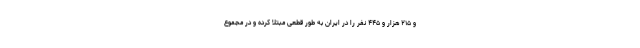
و ۲۱۵ هزار و ۴۴۵ نفر را در ایران به طور قطعی مبتلا کرده و در مجموع